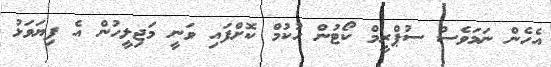
އެހެން ނަމަވެސް ސުޕްރީމް ކޯޓުން ހުކުމް ކޮށްފައި ވަނީ މަޖިލީހުން އެ ފިޔަވަޅު